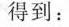
得到：